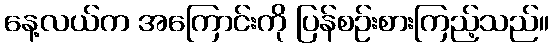
နေ့လယ်က အကြောင်းကို ပြန်စဉ်းစားကြည့်သည်။